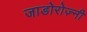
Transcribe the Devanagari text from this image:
जाडोरोज़्नी